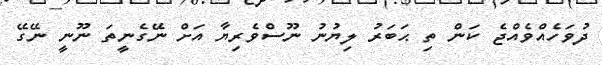
ދުވަހެއްވެއްޖެ ކަން ތި ޙަބަރު ލިޔުނު ނޫސްވެރިޔާ އަށް ނޭގެނީތަ ނޫނީ ނޭގޭ